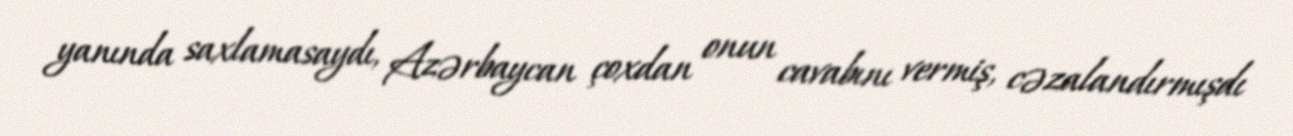
yanında saxlamasaydı, Azərbaycan çoxdan onun cavabını vermiş, cəzalandırmışdı